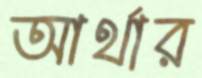
আর্থার